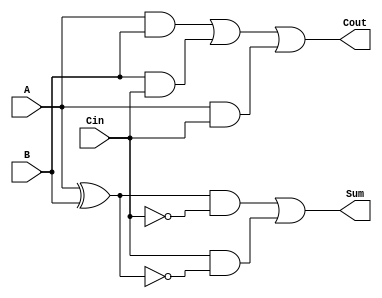
module TransmissionGateFullAdder (
    input wire A,      // First operand
    input wire B,      // Second operand
    input wire Cin,    // Carry-in bit
    output wire Sum,   // Resulting sum bit
    output wire Cout   // Resulting carry-out bit
);

// Internal wires for intermediate signals
wire AB_xor;          // A XOR B
wire AB_and;          // A AND B
wire AB_Cin_and;      // (A XOR B) AND Cin
wire B_Cin_and;       // B AND Cin
wire A_Cin_and;       // A AND Cin

// Calculate intermediate signals
assign AB_xor = A ^ B;           // A XOR B
assign AB_and = A & B;           // A AND B
assign AB_Cin_and = AB_xor & Cin; // (A XOR B) AND Cin
assign B_Cin_and = B & Cin;      // B AND Cin
assign A_Cin_and = A & Cin;      // A AND Cin

// Use transmission gates for Sum output
assign Sum = (AB_xor & ~Cin) | (Cin & ~AB_xor); // Sum = A XOR B XOR Cin

// Use transmission gates for Cout output
assign Cout = AB_and | B_Cin_and | A_Cin_and; // Cout = (A AND B) OR (B AND Cin) OR (A AND Cin)

endmodule